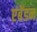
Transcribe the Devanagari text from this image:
एबेंडन